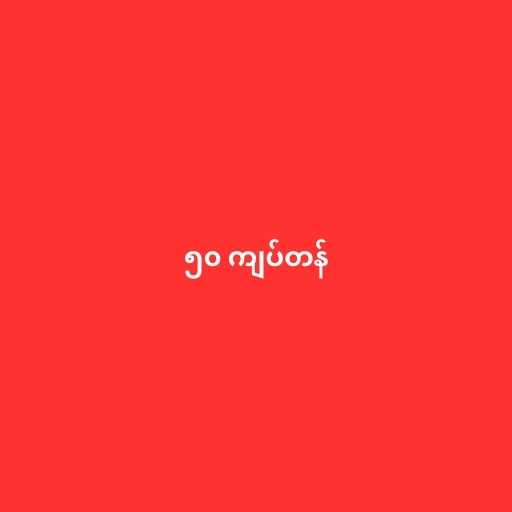
၅၀ ကျပ်တန်